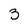
Character: 3